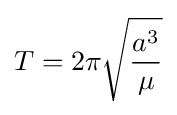
T=2\pi {\sqrt {a^{3} \over \mu }}